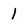
Character: 1